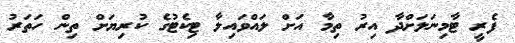
ފެރީ ޓާމިނަލަށްދާ އިރު ތިމާ އަށް ލައްވައިލާ ޓިކެޓުގެ ކުރިޔަށް ތިން ހަތަރު